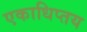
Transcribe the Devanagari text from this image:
एकाधिप्तय